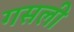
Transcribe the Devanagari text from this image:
गसली